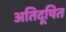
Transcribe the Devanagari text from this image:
अतिदूषित